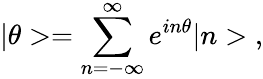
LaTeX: |\theta>=\sum_{n=-\infty}^{\infty}e^{in\theta}|n>\; ,